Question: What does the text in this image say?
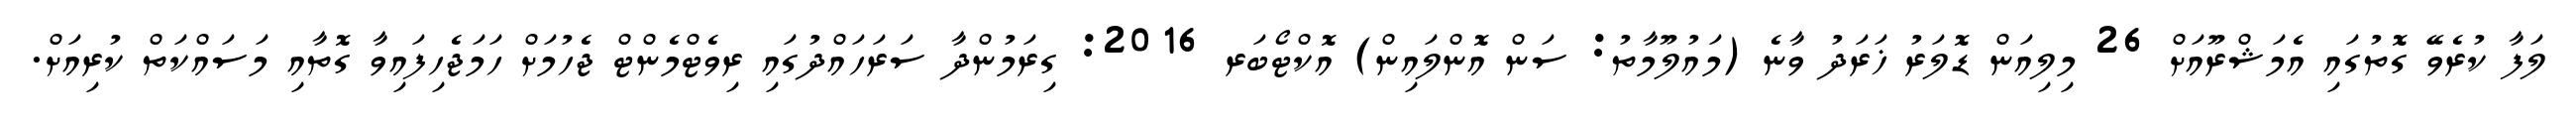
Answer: ލަފާ ކުރެވޭ ގޮތުގައި އެމަޝްރޫއަށް 26 މިލިއަން ޑޮލަރު ޚަރަދު ވާނެ (މައުލޫމާތު: ސަން އޮންލައިން) އޮކްޓޯބަރ 2016: ގިރަމުންދާ ސަރަހައްދުގައި ރިވެޓްމެންޓް ޖެހުމަށް ހަމަޖެހިފައިވާ ގޮތާއި މަސައްކަތް ކުރިއަށް.